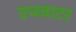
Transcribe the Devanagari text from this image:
एजवाटर